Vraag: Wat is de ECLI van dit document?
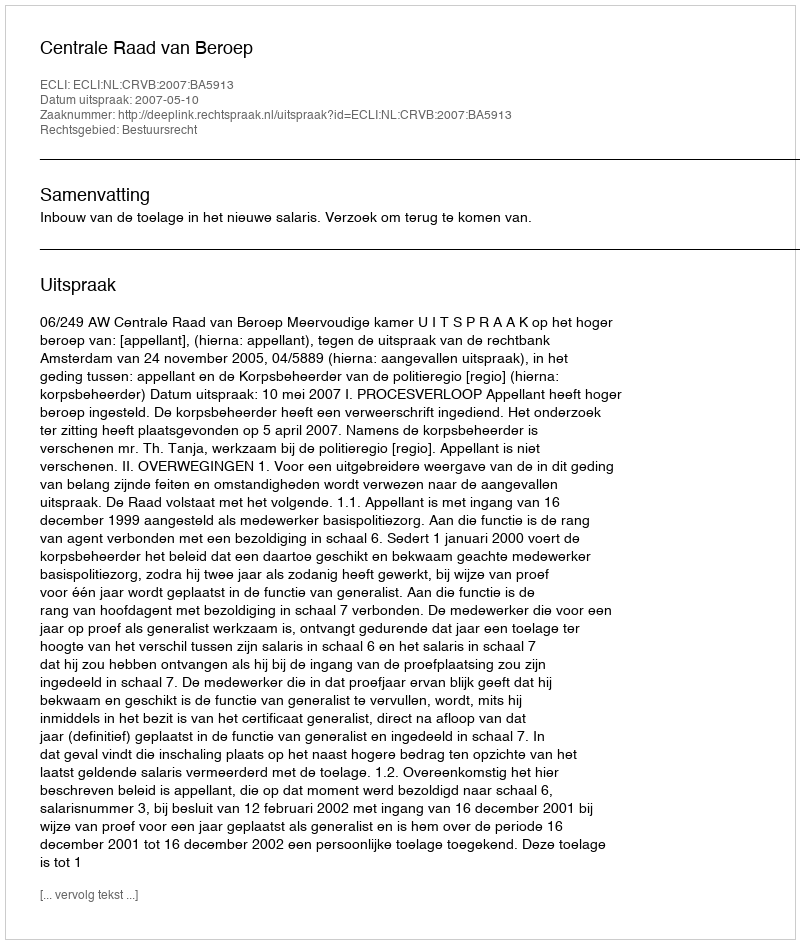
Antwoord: ECLI:NL:CRVB:2007:BA5913